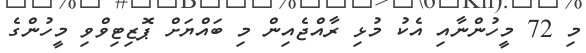
މި 72 މީހުންނާއި އެކު މުޅި ރާއްޖެއިން މި ބައްޔަށް ޕޮޒިޓިވްވި މީހުންގެ